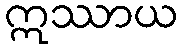
ဣဿာယ